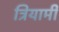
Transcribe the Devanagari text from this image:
त्रियामी